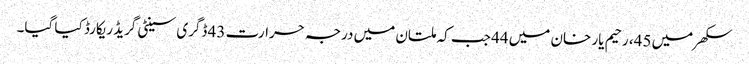
سکھر میں 45، رحیم یار خان میں 44 جب کہ ملتان میں درجہ حرارت 43 ڈگری سینٹی گریڈ ریکارڈ کیا گیا۔